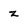
Character: z